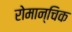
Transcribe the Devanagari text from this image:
रोमान्चिक